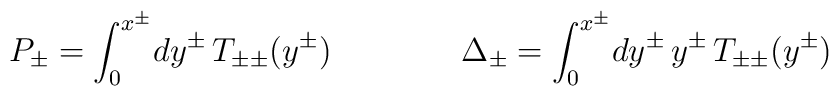
P_\pm = \int_0^{x^\pm}\!dy^\pm\, T_{\pm\pm}(y^\pm)\qquad\qquad\Delta_\pm   = \int_0^{x^\pm}\!dy^\pm\,y^\pm\, T_{\pm\pm}(y^\pm)